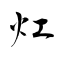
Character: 灴